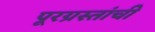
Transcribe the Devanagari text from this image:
पूरग्रस्तांची